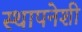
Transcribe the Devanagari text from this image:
स्थापनेशी